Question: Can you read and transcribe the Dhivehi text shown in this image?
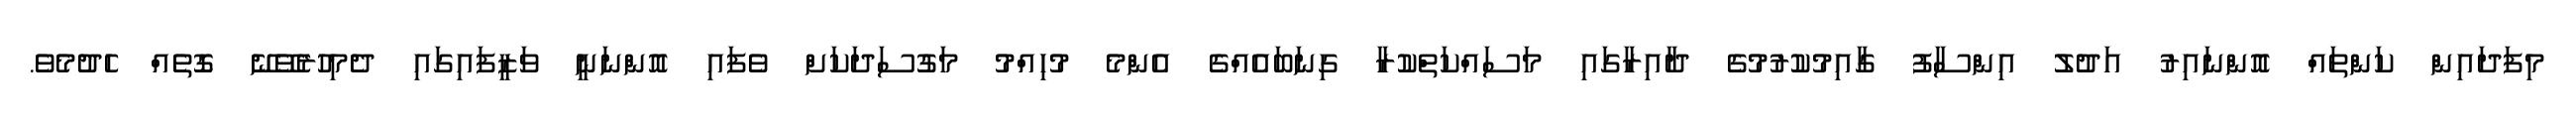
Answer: މިފަދައިން ކަންތައް އޮންނައިރު އަދުލު އިންސާފު ގާއިމުކުރުމުގެ ދާއިރާގައި މަސައްކަތްކުރާ ގިނަބައެއްގެ އެންމެ މުހިއްމު މަގުސަދަކަށް ވެފައި އޮންނަނީ ވަޒީފައިގައި ދެމިހުރެވޭނޭ ގޮތެއް ހެދުމެވެ.